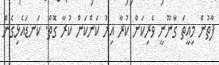
ފާތުން މިއީތަ ގާނޫނީ ވެރިކަން ކުރާ އިރު ކަންކަން ކުރާ ގޮތް. ކަނޑައެޅިގެން